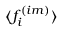
\langle f _ { i } ^ { ( i m ) } \rangle